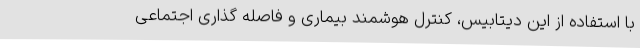
با استفاده از این دیتابیس، کنترل هوشمند بیماری و فاصله گذاری اجتماعی